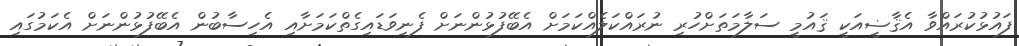
ފައުޅުކުރައްވާ އެޤާޟީއަކީ ޤައުމީ ސަލާމަތަށްހުރި ނުރައްކަލެއްކަމަށް އެބޭފުޅުންނަށް ފެނިވަޑައިގެތްކަމަށާއި އެހިސާބުން އެބޭފުޅުންނަށް އެކަމުގައި